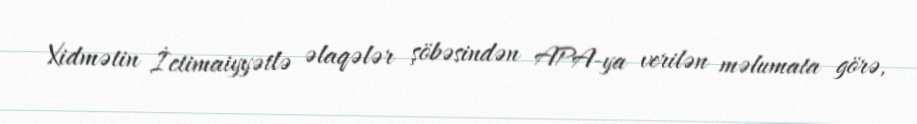
Xidmətin İctimaiyyətlə əlaqələr şöbəsindən APA-ya verilən məlumata görə,